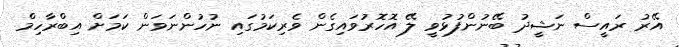
އޭރު ރައީސް ނަޝީދު ބޭނުންފުޅުވީ ލޭ އޮހޮރުވައިގެން ވެރިކަމުގައި ނުހުންނަވަން ކަމަށް އިބްރާހިމް